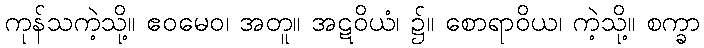
ကုန်သကဲ့သို့။ ဧဝမေဝ၊ အတူ။ အဋဝိယံ၊ ၌။ စောရာဝိယ၊ ကဲ့သို့။ စက္ခာ